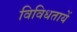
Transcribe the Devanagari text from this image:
विविधतायें